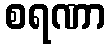
စရဏာ